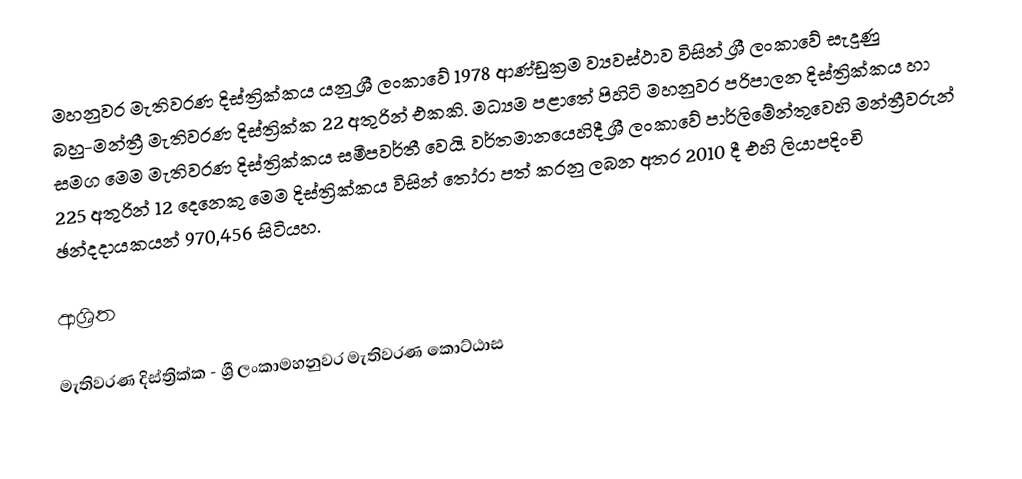
මහනුවර මැතිවරණ දිස්ත්‍රික්කය යනු ශ්‍රී ලංකාවේ 1978 ආණ්ඩුක්‍රම ව්‍යවස්ථාව විසින් ශ්‍රී ලංකාවේ සැදුණු  බහු-මන්ත්‍රී මැතිවරණ දිස්ත්‍රික්ක 22 අතුරින් එකකි. මධ්‍යම පළාතේ පිහිටි  මහනුවර පරිපාලන දිස්ත්‍රික්කය හා සමග මෙම මැතිවරණ දිස්ත්‍රික්කය සමීපවර්තී වෙයි. වර්තමානයෙහිදී  ශ්‍රී ලංකාවේ පාර්ලිමේන්තුවෙහි මන්ත්‍රීවරුන් 225 අතුරින් 12 දෙනෙකු මෙම දිස්ත්‍රික්කය විසින් තෝරා පත් කරනු ලබන අතර 2010 දී එහි ලියාපදිංචි ඡන්දදායකයන් 970,456 සිටියහ.

ආශ්‍රිත

මැතිවරණ දිස්ත්‍රික්ක - ශ්‍රී ලංකාමහනුවර මැතිවරණ කොට්ඨාස